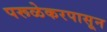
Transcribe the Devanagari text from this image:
परूळेकरपासून